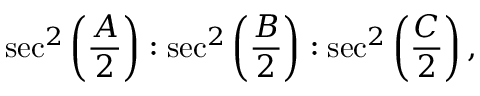
\sec ^ { 2 } \left( { \frac { A } { 2 } } \right) : \sec ^ { 2 } \left( { \frac { B } { 2 } } \right) : \sec ^ { 2 } \left( { \frac { C } { 2 } } \right) ,